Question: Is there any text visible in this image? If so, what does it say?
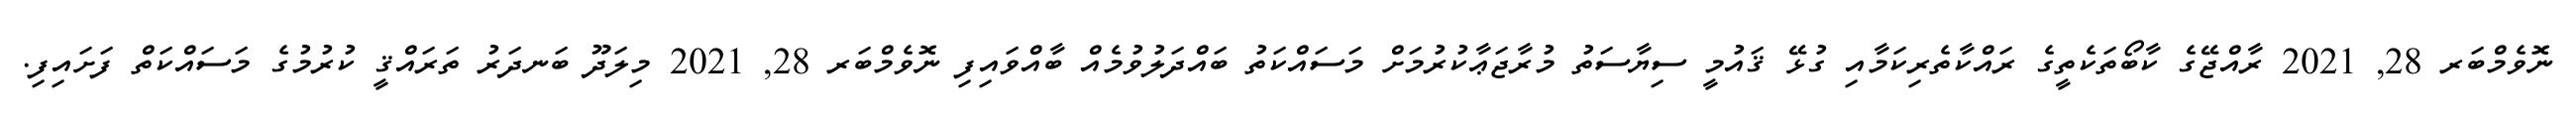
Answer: ނޮވެމްބަރ 28, 2021 ރާއްޖޭގެ ކާބޯތަކެތީގެ ރައްކާތެރިކަމާއި ގުޅޭ ޤައުމީ ސިޔާސަތު މުރާޖަޢާކުރުމަށް މަސައްކަތު ބައްދަލުވުމެއް ބާއްވައިފި ނޮވެމްބަރ 28, 2021 މިލަދޫ ބަނދަރު ތަރައްޤީ ކުރުމުގެ މަސައްކަތް ފަށައިފި.